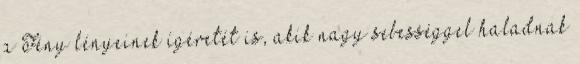
a Fény lényeinek ígéretét is, akik nagy sebességgel haladnak